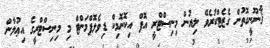
ޤާނޫނީގޮތުން ގެޒެޓްކުރެވޭ ލިޔުން މިނިސްޓްރީ އޮފް އިކޮނޮމިކް ޑިވެލޮޕްމަންޓް މި މިނިސްޓްރީގެ އިޢުލާން